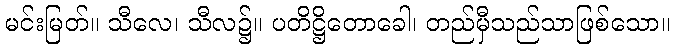
မင်းမြတ်။ သီလေ၊ သီလ၌။ ပတိဋ္ဌိတောခေါ၊ တည်မှီသည်သာဖြစ်သော။